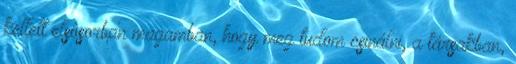
kellett elsôsorban magamban, hogy meg tudom csinálni, a társakban,